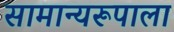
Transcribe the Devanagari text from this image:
सामान्यरूपाला